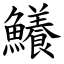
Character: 鱶